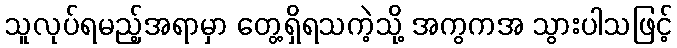
သူလုပ်ရမည့်အရာမှာ တွေ့ရှိရသကဲ့သို့ အကွကအ သွားပါသဖြင့်